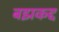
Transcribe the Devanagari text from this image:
बझकद्द